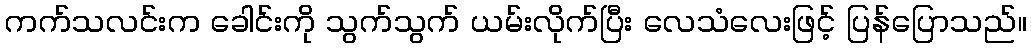
ကက်သလင်းက ခေါင်းကို သွက်သွက် ယမ်းလိုက်ပြီး လေသံလေးဖြင့် ပြန်ပြောသည်။